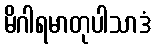
မိဂါရမာတုပါသာဒံ